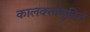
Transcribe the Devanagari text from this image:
कालक्त्वमुदितं